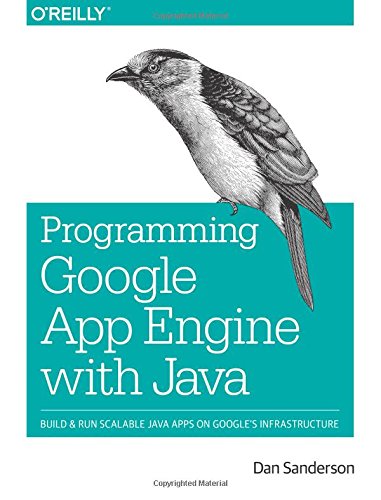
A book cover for Programming Google App Engine with Java: Build & Run Scalable Java Applications on Google's Infrastructure; Dan Sanderson; Computers & Technology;